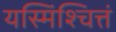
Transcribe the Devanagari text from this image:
यस्मिंश्चित्तं